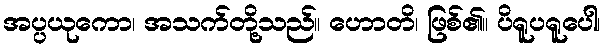
အပ္ပယုကော၊ အသက်တို့သည်။ ဟောတိ၊ ဖြစ်၏။ ပိရူပရူပေါ၊